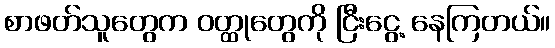
စာဖတ်သူတွေက ဝတ္ထုတွေကို ငြီးငွေ့ နေကြတယ်။